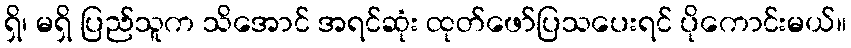
ရှိ၊ မရှိ ပြည်သူက သိအောင် အရင်ဆုံး ထုတ်ဖော်ပြသပေးရင် ပိုကောင်းမယ်။